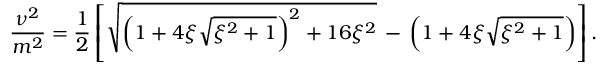
\frac { \nu ^ { 2 } } { m ^ { 2 } } = \frac { 1 } { 2 } \left[ \sqrt { \left( 1 + 4 \xi \sqrt { \xi ^ { 2 } + 1 } \right) ^ { 2 } + 1 6 \xi ^ { 2 } } \, - \, \left( 1 + 4 \xi \sqrt { \xi ^ { 2 } + 1 } \right) \right] .